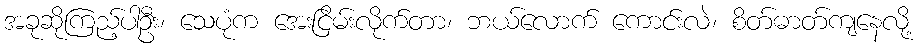
အခုဆိုကြည့်ပါဦး၊ သေပုံက အေးငြိမ်းလိုက်တာ၊ ဘယ်လောက် ကောင်းလဲ၊ စိတ်ဓာတ်ကျနေလို့